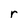
Character: r